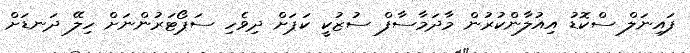
ފައިނަލް ސްކޮޑު އިއުލާންކުރުން މާދަމާސާފް ސުޒުކީ ކަޕަށް ދިވެހި ސަޕޯޓަރުންނަށް ހިލޭ ދަނޑަށް